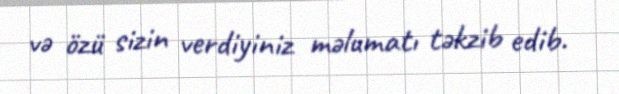
və özü sizin verdiyiniz məlumatı təkzib edib.